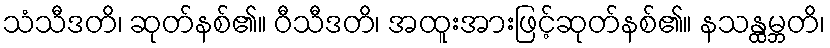
သံသီဒတိ၊ ဆုတ်နစ်၏။ ဝီသီဒတိ၊ အထူးအားဖြင့်ဆုတ်နစ်၏။ နသန္ထမ္ဘတိ၊